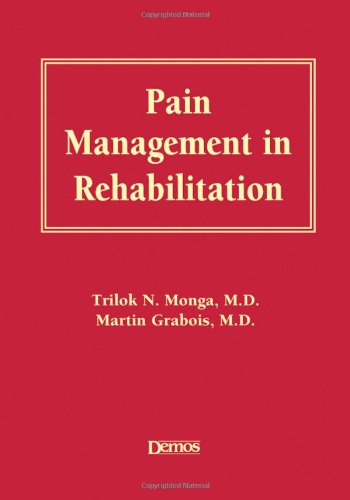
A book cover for Pain Management in Rehabilitation; Dr. Martin Grabois MD; Medical Books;